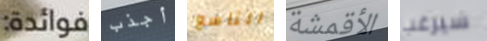
فوائدة: أجذب التاسع الأقمشة سيرغب